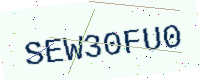
Text: SEW30FU0